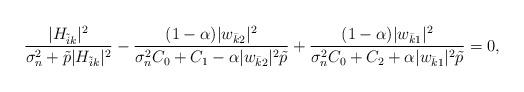
LaTeX: \begin{align*}\frac{|H_{\tilde{i}k}|^2}{\sigma^2_n + \tilde{p}|H_{\tilde{i}k}|^2} - \frac{(1-\alpha) |w_{\bar{k}2}|^2}{\sigma^2_nC_0 + C_1 - \alpha |w_{\bar{k}2}|^2\tilde{p}} + \frac{(1-\alpha) |w_{\bar{k}1}|^2}{\sigma^2_nC_0 + C_2 + \alpha |w_{\bar{k}1}|^2\tilde{p}} = 0,\end{align*}